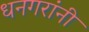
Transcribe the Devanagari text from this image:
धनगरांनी